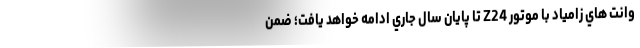
وانت هاي زامياد با موتور Z24 تا پايان سال جاري ادامه خواهد يافت؛ ضمن